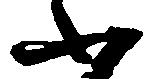
ふ